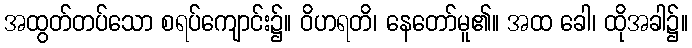
အထွတ်တပ်သော စရပ်ကျောင်း၌။ ဝိဟရတိ၊ နေတော်မူ၏။ အထ ခေါ၊ ထိုအခါ၌။